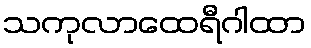
သကုလာထေရီဂါထာ